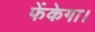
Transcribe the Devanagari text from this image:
फेंकेगा।